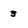
Character: 3